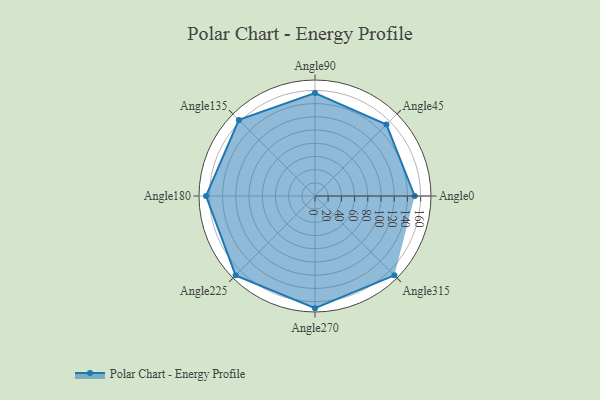
{"axis": {"x": "Angle", "y": "Radius"}, "legend": [""], "data": [{"x": "Angle0", "y": 151.0, "type": ""}, {"x": "Angle45", "y": 153.0, "type": ""}, {"x": "Angle90", "y": 156.0, "type": ""}, {"x": "Angle135", "y": 163.0, "type": ""}, {"x": "Angle180", "y": 165.0, "type": ""}, {"x": "Angle225", "y": 170.0, "type": ""}, {"x": "Angle270", "y": 170, "type": ""}, {"x": "Angle315", "y": 170, "type": ""}]}